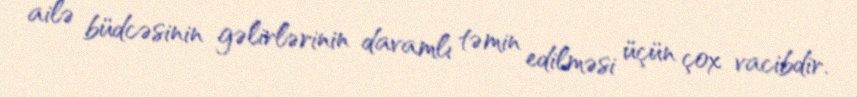
ailə büdcəsinin gəlirlərinin davamlı təmin edilməsi üçün çox vacibdir.